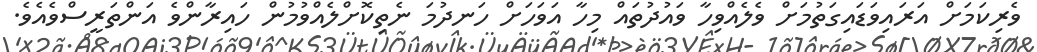
ވެރިކަމަށް އަރައިވަޑައިގަތުމަށް ވެލެއްވިހާ ވައުދުތައް މިހާ އަވަހަށް ހަނދުމަ ނެތިކޮށްލެއްވުމުން ހައިރާންވެ އަންތަރީސްވެއެވެ.